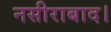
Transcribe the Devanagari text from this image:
नसीराबाद।